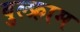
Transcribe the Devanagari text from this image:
वुल्फ्राम